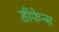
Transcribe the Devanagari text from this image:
डीफेन्स